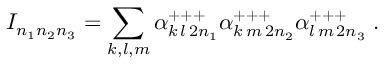
I _ { n _ { 1 } n _ { 2 } n _ { 3 } } = \sum _ { k , l , m } \alpha _ { k \, l \, 2 n _ { 1 } } ^ { + + + } \alpha _ { k \, m \, 2 n _ { 2 } } ^ { + + + } \alpha _ { l \, m \, 2 n _ { 3 } } ^ { + + + } \; .